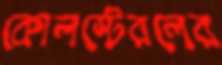
কোলস্টেরলের